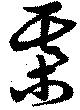
棊